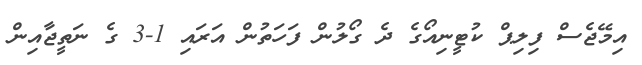
އިމޭޖެސް ފިލިޕް ކުޓީނިއޯގެ ދެ ގޯލުން ފަހަތުން އަރައި 1-3 ގެ ނަތީޖާއިން